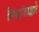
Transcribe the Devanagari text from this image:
सिद्धांताद्वारे